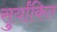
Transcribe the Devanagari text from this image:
सुर्यांकित